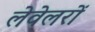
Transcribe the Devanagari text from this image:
लेवेलरों